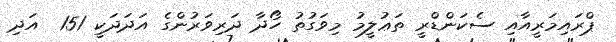
ޕްރައިމަރީއާއި ސެކަންޑްރީ ތަޢުލީމު މިވަގުތު ހޯދާ ދަރިވަރުންގެ އަދަދަކީ 151  އަދި